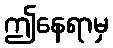
ဤနေရာမှ